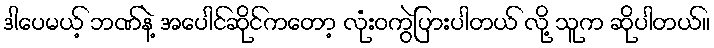
ဒါပေမယ့် ဘဏ်နဲ့ အပေါင်ဆိုင်ကတော့ လုံးဝကွဲပြားပါတယ် လို့ သူက ဆိုပါတယ်။